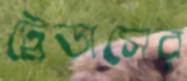
ট্রেডাসের